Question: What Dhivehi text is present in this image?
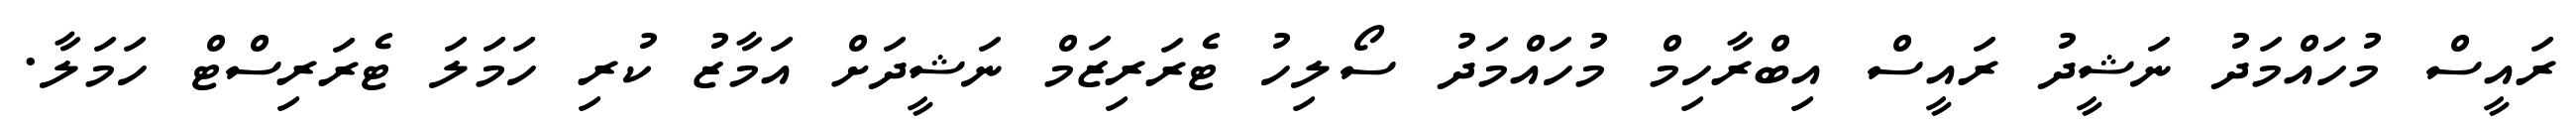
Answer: ރައީސް މުހައްމަދު ނަޝީދު ރައީސް އިބްރާހިމް މުހައްމަދު ސޯލިހު ޓެރަރިޒަމް ނަޝީދަށް އަމާޒު ކުރި ހަމަލަ ޓެރަރިސްޓް ހަމަލާ.